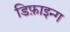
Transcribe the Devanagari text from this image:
डिफ़ाइन्ग